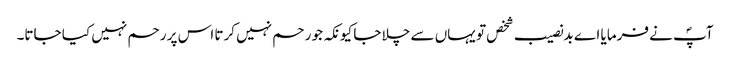
آپؐ نے فرمایا اے بدنصیب شخص تو یہاں سے چلا جا کیونکہ جو رحم نہیں کرتا اس پر رحم نہیں کیا جاتا۔